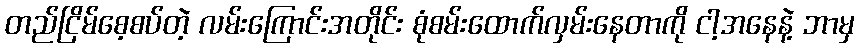
တည်ငြိမ်စေ့စပ်တဲ့ လမ်းကြောင်းအတိုင်း စုံစမ်းထောက်လှမ်းနေတာကို ငါ့အနေနဲ့ ဘာမှ